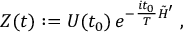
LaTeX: Z ( t ) : = { \cal U } ( t _ { 0 } ) \, e ^ { - \frac { i t _ { 0 } } { T } \tilde { H } ^ { \prime } } \; ,